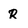
Character: r